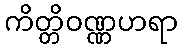
ကိတ္တိဝဏ္ဏဟရာ